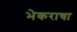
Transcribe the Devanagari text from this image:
भेकराचा